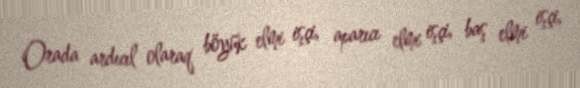
Orada ardıcıl olaraq böyük elmi işçi, aparıcı elmi işçi, baş elmi işçi,